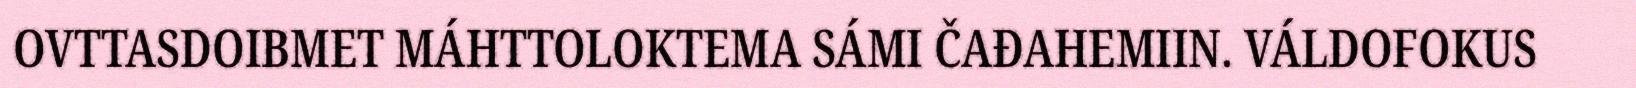
OVTTASDOIBMET MÁHTTOLOKTEMA SÁMI ČAĐAHEMIIN. VÁLDOFOKUS